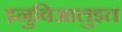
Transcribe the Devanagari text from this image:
इनुविआलुइत